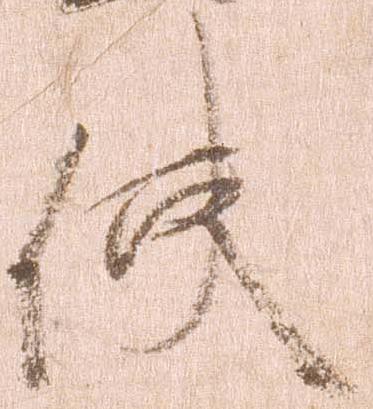
使